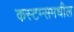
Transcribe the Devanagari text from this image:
कस्टम्समधील